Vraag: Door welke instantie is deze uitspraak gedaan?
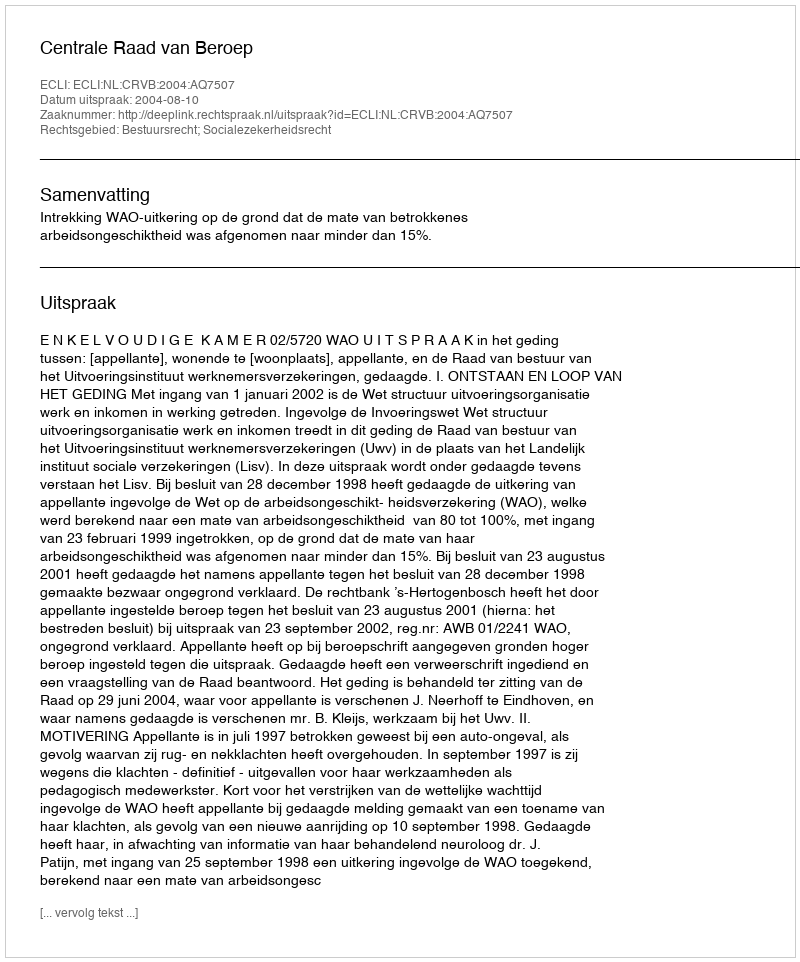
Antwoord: Centrale Raad van Beroep